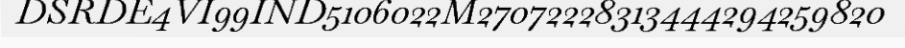
DSRDE4VI99IND5106022M27072228313444294259820